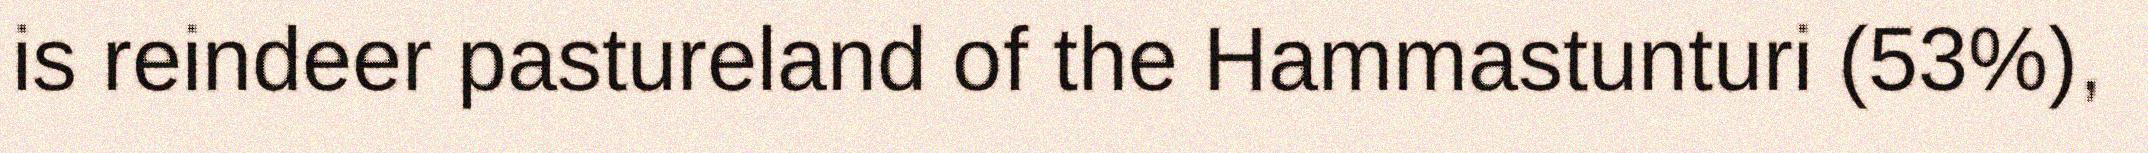
is reindeer pastureland of the Hammastunturi (53%),